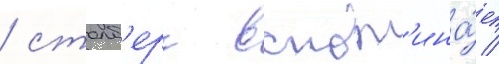
/ столб'ерг вспом'ина́ет /